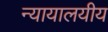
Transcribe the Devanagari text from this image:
न्यायालयीय